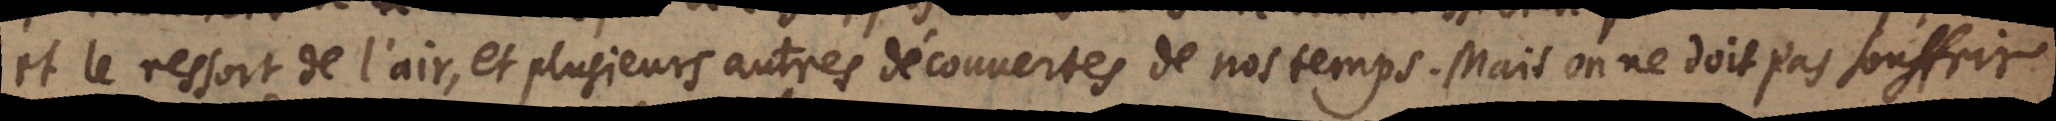
et le ressort de l’air, et plusieurs autres découvertes de nos temps. Mais on ne doit pas souffrir